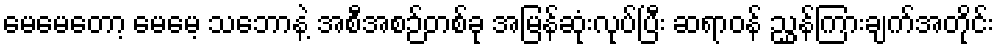
မေမေတော့ မေမေ့ သဘောနဲ့ အစီအစဉ်တစ်ခု အမြန်ဆုံးလုပ်ပြီး ဆရာဝန် ညွှန်ကြားချက်အတိုင်း